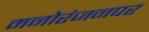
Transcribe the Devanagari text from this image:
मनोरंजनपर